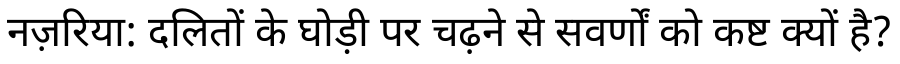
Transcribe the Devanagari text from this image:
नज़रिया: दलितों के घोड़ी पर चढ़ने से सवर्णों को कष्ट क्यों है?